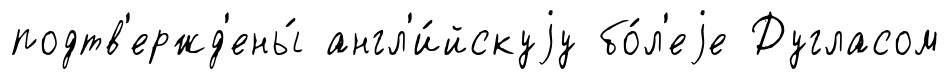
подтв'ержд'ены́ англ'и́йскуjу бо́л'еjе Дугласом